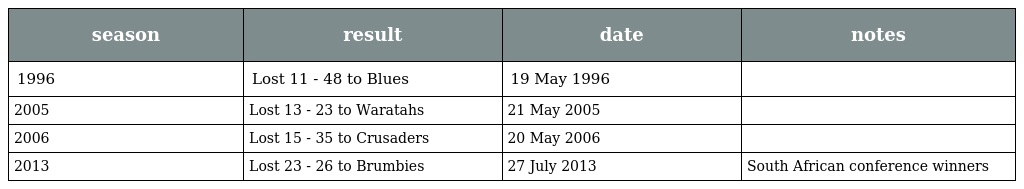
| season | result | date | notes |
 | --- | --- | --- | --- |
 | 1996 | Lost 11 - 48 to Blues | 19 May 1996 |  |
 | 2005 | Lost 13 - 23 to Waratahs | 21 May 2005 |  |
 | 2006 | Lost 15 - 35 to Crusaders | 20 May 2006 |  |
 | 2013 | Lost 23 - 26 to Brumbies | 27 July 2013 | South African conference winners |